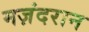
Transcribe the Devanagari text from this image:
मज़ंदरान